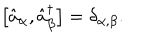
\bigl [ \hat { a } _ { \alpha } , \hat { a } _ { \beta } ^ { \dagger } \bigr ] = \delta _ { \alpha , \beta } .